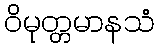
ဝိမုတ္တမာနသံ